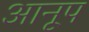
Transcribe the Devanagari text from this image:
आनूप